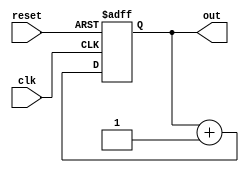
module counter (clk,reset,out);
input clk,reset;
output reg [5:0] out;

always @ (posedge clk or posedge reset)
	if(reset == 1'b1)                    //reset=0
		out <= 6'b0;
	else 
		out <= out + 6'd1;                //clk
		
endmodule